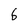
Character: 6